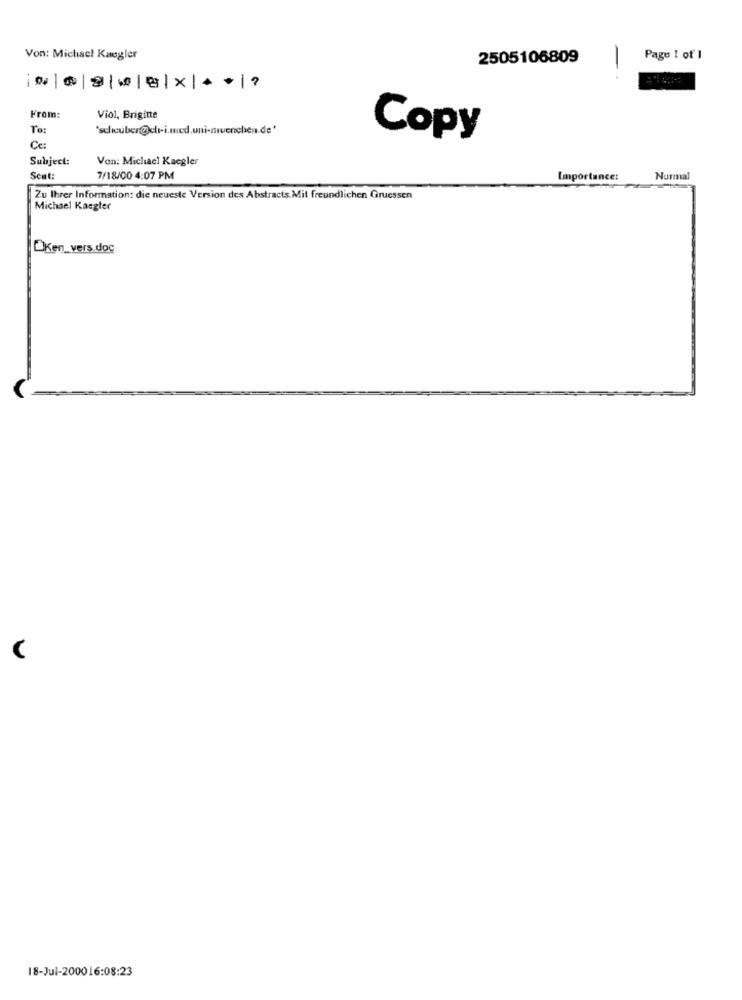
Von: Michael Kaugler
2505106809
Page 1 of 1
-1
@|||| x | . |?
From:
Viol, Brigitte
To:
Copy
Ce:
Subject:
Von: Michael Kaegler
Sent:
7/18/00 4:07 PM
Importance:
Nurmal
Zu Ihrer Information: die neueste Version des Abstracts. Mit freundlichen Gruessen
Michael Kasgler
OKen_vers.doc
18-Jul-200016:08:23